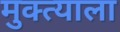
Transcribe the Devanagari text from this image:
मुक्त्याला